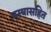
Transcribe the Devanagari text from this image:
वस्त्रासहित